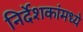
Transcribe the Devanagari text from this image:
निर्देशकांमध्ये